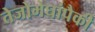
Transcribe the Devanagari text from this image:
तेजोमेघांपैकी